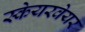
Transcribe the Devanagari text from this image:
स्केयरवेयर